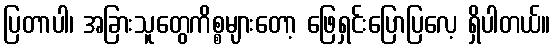
ပြတာပါ၊ အခြားသူတွေကိစ္စများတော့ ဖြေရှင်းပြောပြလေ့ ရှိပါတယ်။